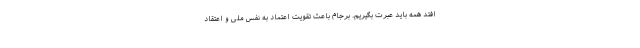
افتد همه باید عبرت بگیریم. برجام باعث تقویت اعتماد به نفس ملی و اعتقاد